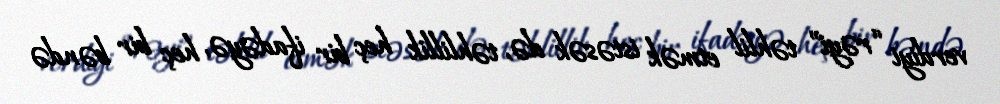
verdiyi “rəyi” təhlil etmək istəsək də, təhlillik heç bir ifadəyə, heç bir bəndə